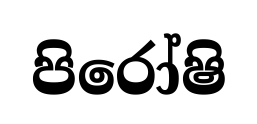
පිරෝෂි